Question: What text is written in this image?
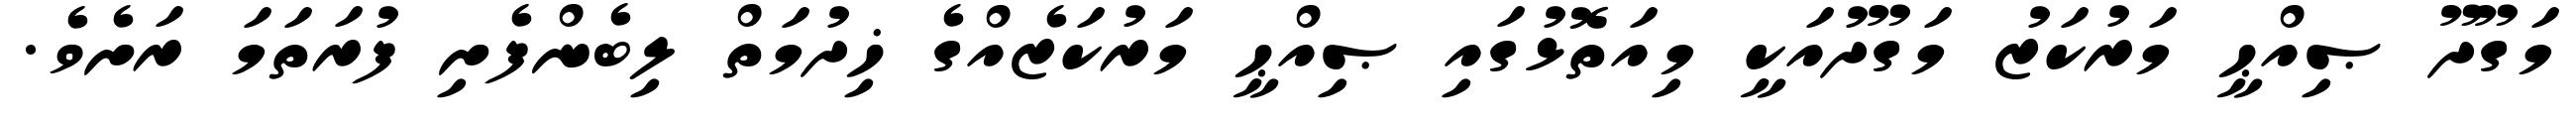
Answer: މަގޫދޫ ޞިއްޙީ މަރުކަޒު މަގޫދުއަކީ މިއަތޮޅުގައި ޞިއްޙީ މަރުކަޒެއްގެ ޚިދުމަތް ލިބެންފެށި ފުރަތަމަ ރަށެވެ.